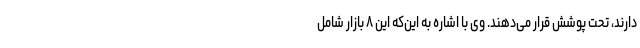
دارند، تحت پوشش قرار می‌دهند. وی با اشاره به این‌که این ۸ بازار شامل